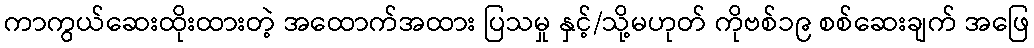
ကာကွယ်ဆေးထိုးထားတဲ့ အထောက်အထား ပြသမှု နှင့်/သို့မဟုတ် ကိုဗစ်၁၉ စစ်ဆေးချက် အဖြေ